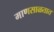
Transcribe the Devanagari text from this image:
माणसाळतात